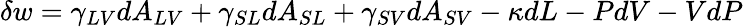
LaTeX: \delta w=\gamma_{LV}dA_{LV}+\gamma_{SL}dA_{SL}+\gamma_{SV}dA_{SV}-\kappa dL-PdV-VdP